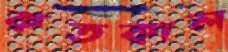
কতকাল